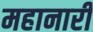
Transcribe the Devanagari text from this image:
महानारी